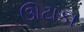
ઊટાકા